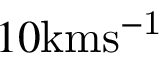
1 0 \mathrm { k m s ^ { - 1 } }